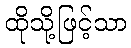
ထိုသို့ဖြင့်သာ